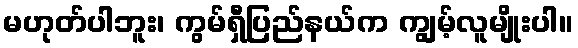
မဟုတ်ပါဘူး၊ ကွမ်ရှီပြည်နယ်က ကျွမ့်လူမျိုးပါ။